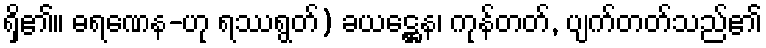
ရှိ၏။ ဓရဏေန-ဟု ရဿရွတ်) ခယဋ္ဌေန၊ ကုန်တတ်, ပျက်တတ်သည်၏